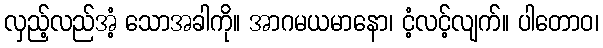
လှည့်လည်အံ့ သောအခါကို။ အာဂမယမာနော၊ ငံ့လင့်လျက်။ ပါတောဝ၊